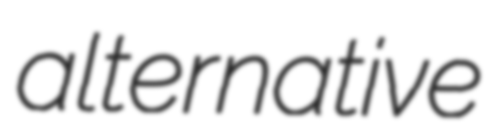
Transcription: alternative